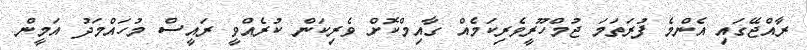
ރާއްޖޭގައި އެންމެ ފުރަތަމަ ޖުމްހޫރީވެރިކަމެއް ގާއިމްކޮށް ވެރިކަން ކުރެއްވީ ރައީސް މުހައްމަދު އަމީން